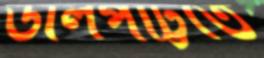
ডালপট্টিতে